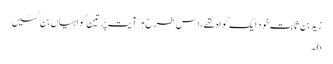
زیدبن ثابت خود ایک گواہ تھے، اس طرح ہر آیت پر تین گواہیاں بن گئیں
6۔